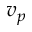
v _ { p }